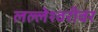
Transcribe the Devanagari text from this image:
लल्लेश्वरीवर